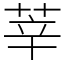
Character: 莘